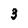
Character: 3